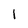
Character: l